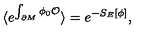
\langle e ^ { \int _ { \partial M } \phi _ { 0 } { \cal O } } \rangle = e ^ { - S _ { E } [ \phi ] } ,